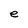
Character: e